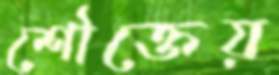
শৌক্তেয়